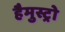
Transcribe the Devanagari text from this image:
हैमुस्ट्रो